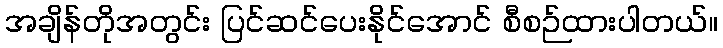
အချိန်တိုအတွင်း ပြင်ဆင်ပေးနိုင်အောင် စီစဉ်ထားပါတယ်။